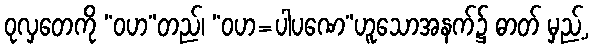
ဝုလှတေကို “ဝဟ”တည်၊ “ဝဟ=ပါပဏေ”ဟူသောအနက်၌ ဓာတ် မှည့်,